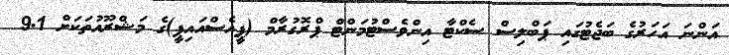
އަންނަ އަހަރުގެ ބަޖެޓުގައި ޕަބްލިސް ސެކްޓާ އިންވެސްޓުމަންޓް ޕްރޮގުރާމް (ޕީއެސްއައިޕީ)ގެ މަޝްރޫއުތަކަށް 9.1